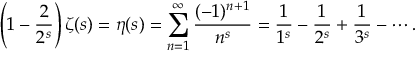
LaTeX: \left( 1 - { \frac { 2 } { 2 ^ { s } } } \right) \zeta ( s ) = \eta ( s ) = \sum _ { n = 1 } ^ { \infty } { \frac { ( - 1 ) ^ { n + 1 } } { n ^ { s } } } = { \frac { 1 } { 1 ^ { s } } } - { \frac { 1 } { 2 ^ { s } } } + { \frac { 1 } { 3 ^ { s } } } - \cdots .